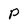
Character: P